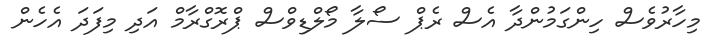
މިހާރުވެސް ހިންގަމުންދާ އެސް ރެޕް ސޯލާ މޯލްޑިވްސް ޕްރޮގްރާމް އަދި މިފަދަ އެހެން